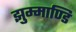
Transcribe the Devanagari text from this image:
झुम्माण्डि